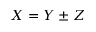
X = Y \pm Z